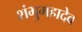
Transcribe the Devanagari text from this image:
शंभुमहादेव